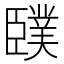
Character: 䑑